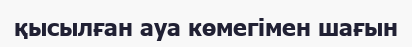
қысылған ауа көмегімен шағын